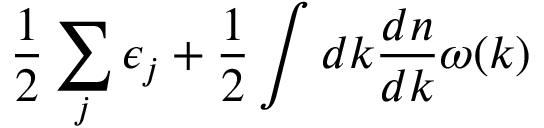
\frac { 1 } { 2 } \sum _ { j } \epsilon _ { j } + \frac { 1 } { 2 } \int d k \frac { d n } { d k } \omega ( k )